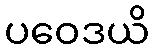
ပဝေဒယိ